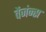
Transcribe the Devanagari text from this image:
वेंजंन्स